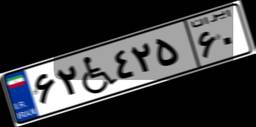
۵۳W۵۲۷۷۶